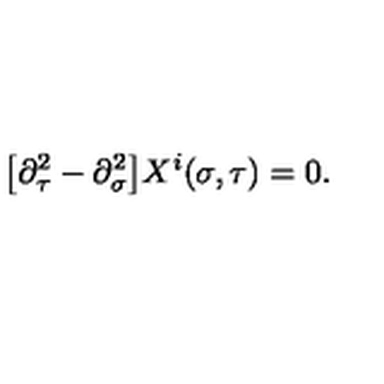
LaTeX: \bigl [ \partial _ { \tau } ^ { 2 } - \partial _ { \sigma } ^ { 2 } \bigr ] X ^ { i } ( \sigma , \tau ) = 0 .